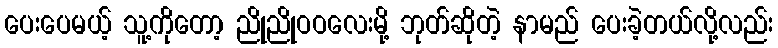
ပေးပေမယ့် သူ့ကိုတော့ ညိုညိုဝဝလေးမို့ ဘုတ်ဆိုတဲ့ နာမည် ပေးခဲ့တယ်လို့လည်း